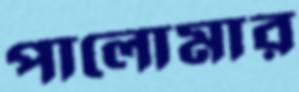
পালোমার